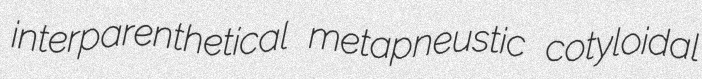
interparenthetical metapneustic cotyloidal